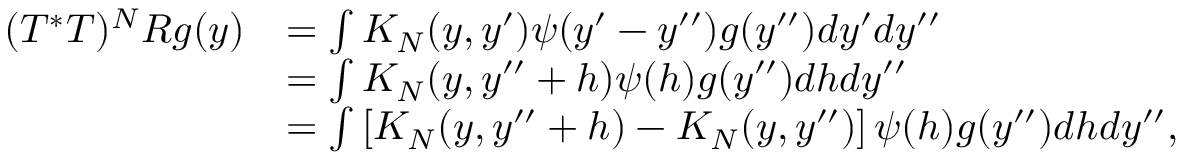
\begin{array} { r l } { ( T ^ { * } T ) ^ { N } R g ( y ) } & { = \int K _ { N } ( y , y ^ { \prime } ) \psi ( y ^ { \prime } - y ^ { \prime \prime } ) g ( y ^ { \prime \prime } ) d y ^ { \prime } d y ^ { \prime \prime } } \\ & { = \int K _ { N } ( y , y ^ { \prime \prime } + h ) \psi ( h ) g ( y ^ { \prime \prime } ) d h d y ^ { \prime \prime } } \\ & { = \int \left[ K _ { N } ( y , y ^ { \prime \prime } + h ) - K _ { N } ( y , y ^ { \prime \prime } ) \right] \psi ( h ) g ( y ^ { \prime \prime } ) d h d y ^ { \prime \prime } , } \end{array}